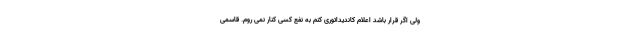
ولی اگر قرار باشد اعلام کاندیداتوری کنم به نفع کسی کنار نمی روم. قاسمی